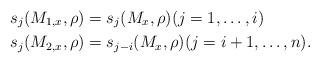
LaTeX: \begin{align*}s_j(M_{1,x}, \rho) &= s_j(M_x, \rho) (j=1,\dots,i) \\s_j(M_{2,x}, \rho) &= s_{j-i}(M_x, \rho) (j=i+1,\dots,n).\end{align*}